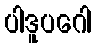
ပါဒူပဂေါ